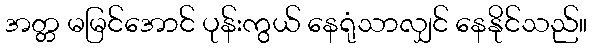
အတ္တ မမြင်အောင် ပုန်းကွယ် နေရုံသာလျှင် နေနိုင်သည်။